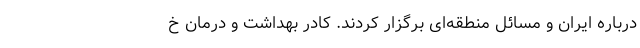
درباره ایران و مسائل منطقه‌ای برگزار کردند. کادر بهداشت و درمان خ